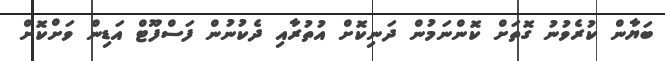
ބަޔާން ކުރެވުނު ގޮތަށް ކޮންނަމުން ދަނިކޮށް އުތުރާއި ދެކުނުން ފަސްފޫޓް އަޑިން ވަށްކޮށް